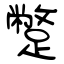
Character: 蹩